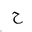
Letter: _ha